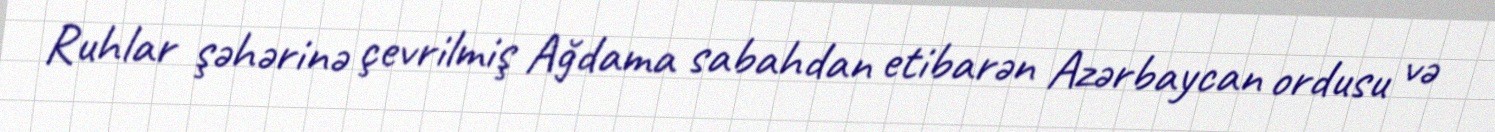
Ruhlar şəhərinə çevrilmiş Ağdama sabahdan etibarən Azərbaycan ordusu və